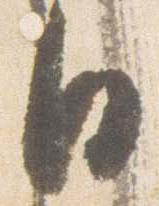
日